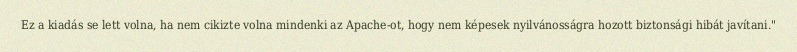
Ez a kiadás se lett volna, ha nem cikizte volna mindenki az Apache-ot, hogy nem képesek nyilvánosságra hozott biztonsági hibát javítani."